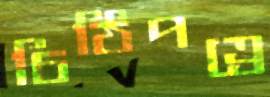
চিঠিপত্রে